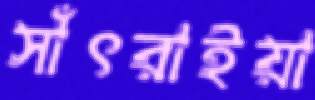
সাঁৎরাইয়া